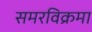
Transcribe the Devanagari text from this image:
समरविक्रमा